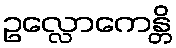
ဥလ္လောကေန္တိ